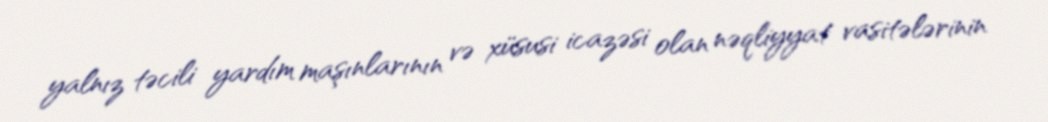
yalnız təcili yardım maşınlarının və xüsusi icazəsi olan nəqliyyat vasitələrinin